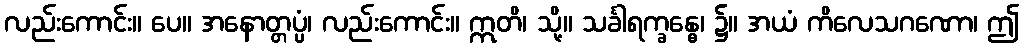
လည်းကောင်း။ ပေ။ အနောတ္တပ္ပံ၊ လည်းကောင်း။ ဣတိ၊ သို့။ သင်္ခါရက္ခန္ဓေ၊ ၌။ အယံ ကိလေသဂဏော၊ ဤ